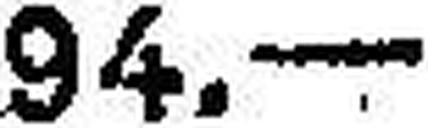
94.—